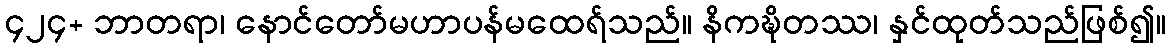
၄၂၄+ ဘာတရာ၊ နောင်တော်မဟာပန်မထေရ်သည်။ နိကဍ္ဎိတဿ၊ နှင်ထုတ်သည်ဖြစ်၍။